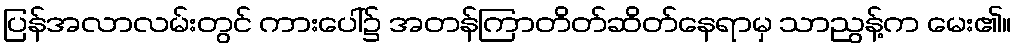
ပြန်အလာလမ်းတွင် ကားပေါ်၌ အတန်ကြာတိတ်ဆိတ်နေရာမှ သာညွန့်က မေး၏။